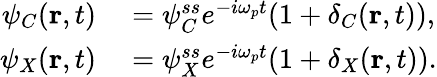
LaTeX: \begin{array}{rl}{\psi_{C}({\mathbf{r}},t)}&{{}=\psi_{C}^{ss}e^{-i\omega_{p}t}(1+\delta_{C}({\mathbf{r}},t)),}\\ {\psi_{X}({\mathbf{r}},t)}&{{}=\psi_{X}^{ss}e^{-i\omega_{p}t}(1+\delta_{X}({\mathbf{r}},t)).}\end{array}